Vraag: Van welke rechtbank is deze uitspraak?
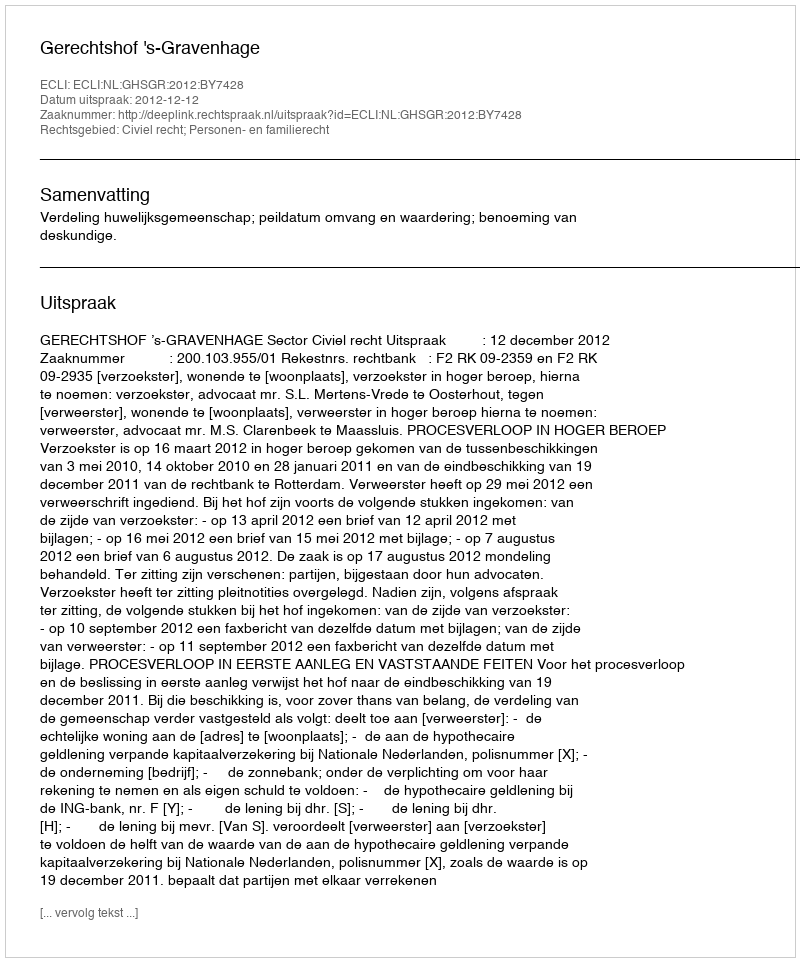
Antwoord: Gerechtshof 's-Gravenhage